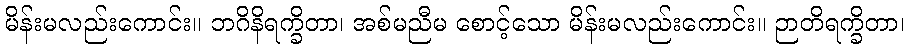
မိန်းမလည်းကောင်း။ ဘဂိနိရက္ခိတာ၊ အစ်မညီမ စောင့်သော မိန်းမလည်းကောင်း။ ဉာတိရက္ခိတာ၊